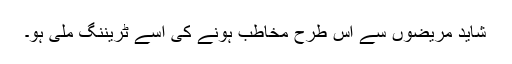
شاید مریضوں سے اس طرح مخاطب ہونے کی اسے ٹریننگ ملی ہو۔